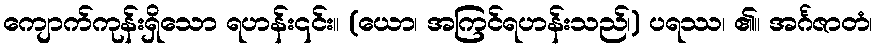
ကျောက်ကုန်းရှိသော ရဟန်း၎င်း။ (ယော၊ အကြင်ရဟန်းသည်၊) ပရဿ၊ ၏။ အင်္ဂဇာတံ၊